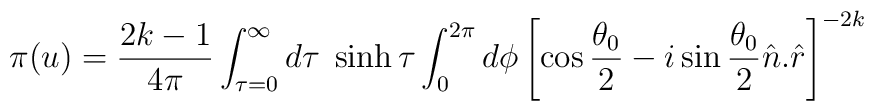
\pi(u) =\frac{2k-1}{4\pi} \int_{\tau=0}^{\infty} d\tau\; \sinh\tau \int_{0}^{2\pi}d\phi \left[ \cos\frac{\theta_{0}}{2} -i\sin\frac{\theta_{0}}{2} \hat{n}. \hat{r} \right]^{-2k}